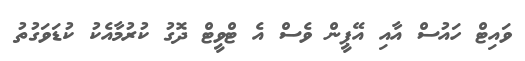
ވައިޓް ހައުސް އާއި އޭޕީން ވެސް އެ ޓްވީޓް ދޮގު ކުރުމާއެކު ކުޑަވަގުތު